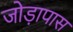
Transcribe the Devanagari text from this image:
जोड़ापास